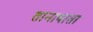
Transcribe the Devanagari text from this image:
तानाबाता